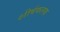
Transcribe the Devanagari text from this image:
शीर्षफलक